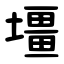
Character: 壃